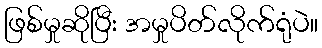
ဖြစ်မှုဆိုပြီး အမှုပိတ်လိုက်ရုံပဲ။